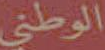
الوطني